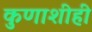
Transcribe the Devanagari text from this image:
कुणाशीही